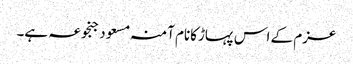
عزم کے اس پہاڑکانام آمنہ مسعود جنجوعہ ہے۔